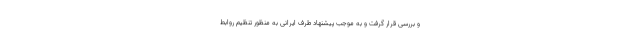
و بررسی قرار گرفت و به موجب پیشنهاد طرف ایرانی به منظور تنظیم روابط